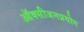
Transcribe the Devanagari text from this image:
ऑक्सीजनप्रयोग